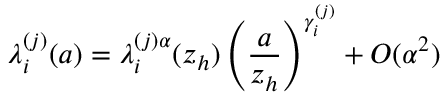
\lambda _ { i } ^ { ( j ) } ( a ) = \lambda _ { i } ^ { ( j ) \alpha } ( z _ { h } ) \left( \frac { a } { z _ { h } } \right) ^ { \gamma _ { i } ^ { ( j ) } } + { \cal O } ( \alpha ^ { 2 } )